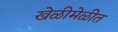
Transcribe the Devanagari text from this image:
खेळीमेळीत